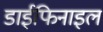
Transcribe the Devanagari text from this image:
डाईफिनाइल